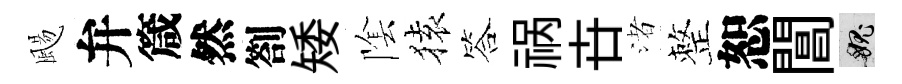
颺弁箴然劄矮隂𫞤答祸卋渚整恕閶愧